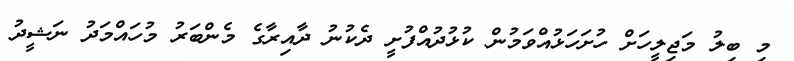
މި ބިލު މަޖިލީހަށް ހުށަހަޅުއްވަމުން ކުޅުދުއްފުށީ ދެކުނު ދާއިރާގެ މެންބަރު މުހައްމަދު ނަޝީދު